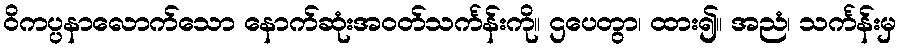
ဝိကပ္ပနာလောက်သော နောက်ဆုံးအဝတ်သင်္ကန်းကို။ ဌပေတွာ၊ ထား၍။ အညံ၊ သင်္ကန်းမှ